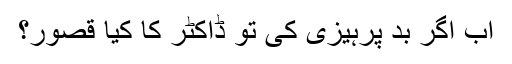
اب اگر بد پرہیزی کی تو ڈاکٹر کا کیا قصور؟